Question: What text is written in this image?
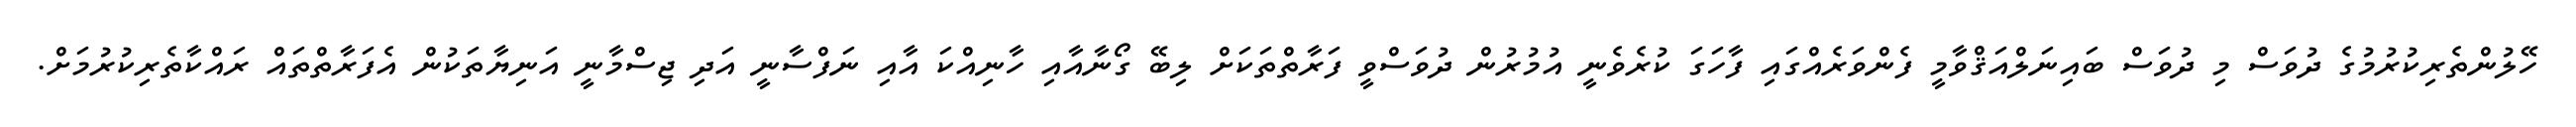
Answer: ހޭލުންތެރިކުރުމުގެ ދުވަސް މި ދުވަސް ބައިނަލްއަޤްވާމީ ފެންވަރެއްގައި ފާހަގަ ކުރެވެނީ އުމުރުން ދުވަސްވީ ފަރާތްތަކަށް ލިބޭ ގޯނާއާއި ހާނިއްކަ އާއި ނަފްސާނީ އަދި ޖިސްމާނީ އަނިޔާތަކުން އެފަރާތްތައް ރައްކާތެރިކުރުމަށް.